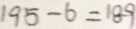
1 9 5 - 6 = 1 8 9